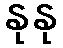
နုနု